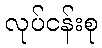
လုပ်ငန်းစု